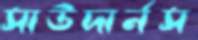
সাউদার্নস